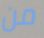
من